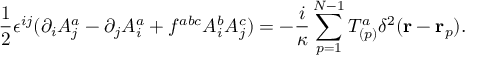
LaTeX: \frac { 1 } { 2 } \epsilon ^ { i j } ( \partial _ { i } { \cal A } _ { j } ^ { a } - \partial _ { j } { \cal A } _ { i } ^ { a } + f ^ { a b c } { \cal A } _ { i } ^ { b } { \cal A } _ { j } ^ { c } ) = - \frac { i } { \kappa } \sum _ { p = 1 } ^ { N - 1 } T _ { ( p ) } ^ { a } \delta ^ { 2 } ( { \bf r } - { \bf r } _ { p } ) .